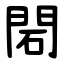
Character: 䦒